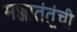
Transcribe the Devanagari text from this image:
मज्जातंतूंची